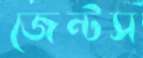
জেন্টস